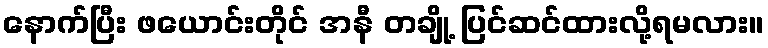
နောက်ပြီး ဖယောင်းတိုင် အနီ တချို့ ပြင်ဆင်ထားလို့ရမလား။